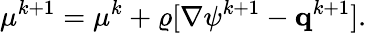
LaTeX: \mathbf{\mu}^{k+1}=\mathbf{\mu}^{k}+\varrho[\nabla\psi^{k+1}-\mathbf{q}^{k+1}].